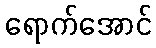
ရောက်အောင်